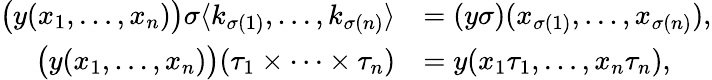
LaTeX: \begin{array}{rl}{\bigl(y(x_{1},\ldots,x_{n})\bigr)\sigma\langle k_{\sigma(1)},\ldots,k_{\sigma(n)}\rangle}&{=(y\sigma)(x_{\sigma(1)},\ldots,x_{\sigma(n)}),}\\ {\bigl(y(x_{1},\ldots,x_{n})\bigr)(\tau_{1}\times\cdots\times\tau_{n})}&{=y(x_{1}\tau_{1},\ldots,x_{n}\tau_{n}),}\end{array}